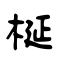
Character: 梴